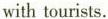
with tourists.